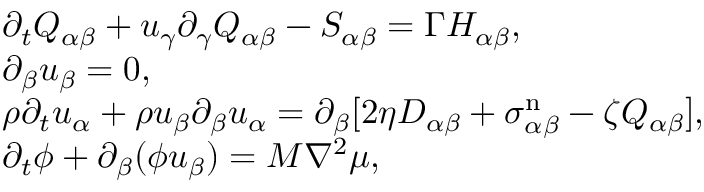
\begin{array} { r l } & { \partial _ { t } Q _ { \alpha \beta } + u _ { \gamma } \partial _ { \gamma } Q _ { \alpha \beta } - S _ { \alpha \beta } = \Gamma H _ { \alpha \beta } , } \\ & { \partial _ { \beta } u _ { \beta } = 0 , } \\ & { \rho \partial _ { t } u _ { \alpha } + \rho u _ { \beta } \partial _ { \beta } u _ { \alpha } = \partial _ { \beta } [ 2 \eta D _ { \alpha \beta } + \sigma _ { \alpha \beta } ^ { \mathrm { n } } - \zeta Q _ { \alpha \beta } ] , } \\ & { \partial _ { t } \phi + \partial _ { \beta } ( \phi u _ { \beta } ) = M \nabla ^ { 2 } \mu , } \end{array}